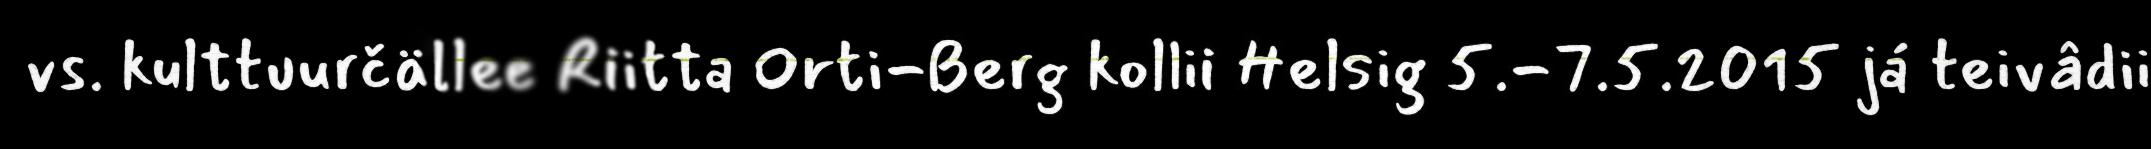
vs. kulttuurčällee Riitta Orti-Berg kollii Helsig 5.-7.5.2015 já teivâdii